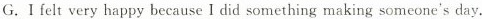
G.I felt very happy because I did something making someone's day.